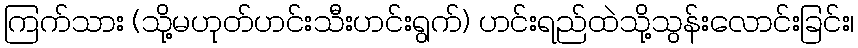
ကြက်သား (သို့မဟုတ်ဟင်းသီးဟင်းရွက်) ဟင်းရည်ထဲသို့သွန်းလောင်းခြင်း၊